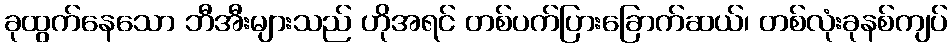
ခုထွက်နေသော ဘီအီးများသည် ဟိုအရင် တစ်ပက်ပြားခြောက်ဆယ်၊ တစ်လုံးခုနစ်ကျပ်